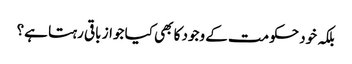
بلکہ خود حکومت کے وجود کا بھی کیا جواز باقی رہتا ہے؟